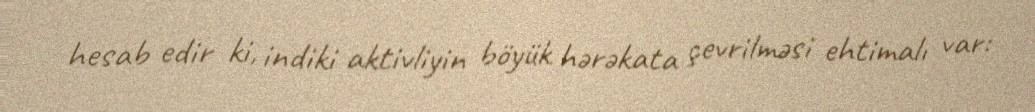
hesab edir ki, indiki aktivliyin böyük hərəkata çevrilməsi ehtimalı var: